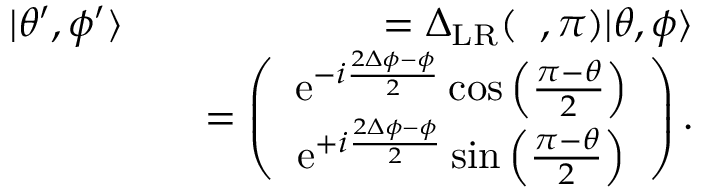
\begin{array} { r l r } { | \theta ^ { \prime } , \phi ^ { \prime } \rangle } & { } & { = { \Delta } _ { \mathrm { L R } } ( { \it \Delta \phi } , \pi ) | \theta , \phi \rangle } \\ & { } & { = \left( \begin{array} { c } { \mathrm { e } ^ { - i \frac { 2 \Delta \phi - \phi } { 2 } } \cos \left( \frac { \pi - \theta } { 2 } \right) } \\ { \mathrm { e } ^ { + i \frac { 2 \Delta \phi - \phi } { 2 } } \sin \left( \frac { \pi - \theta } { 2 } \right) } \end{array} \right) . } \end{array}